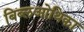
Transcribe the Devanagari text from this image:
बिब्लओथिका